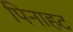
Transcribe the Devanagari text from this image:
पिनाहट